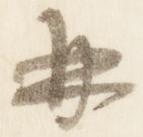
并